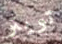
تويتر